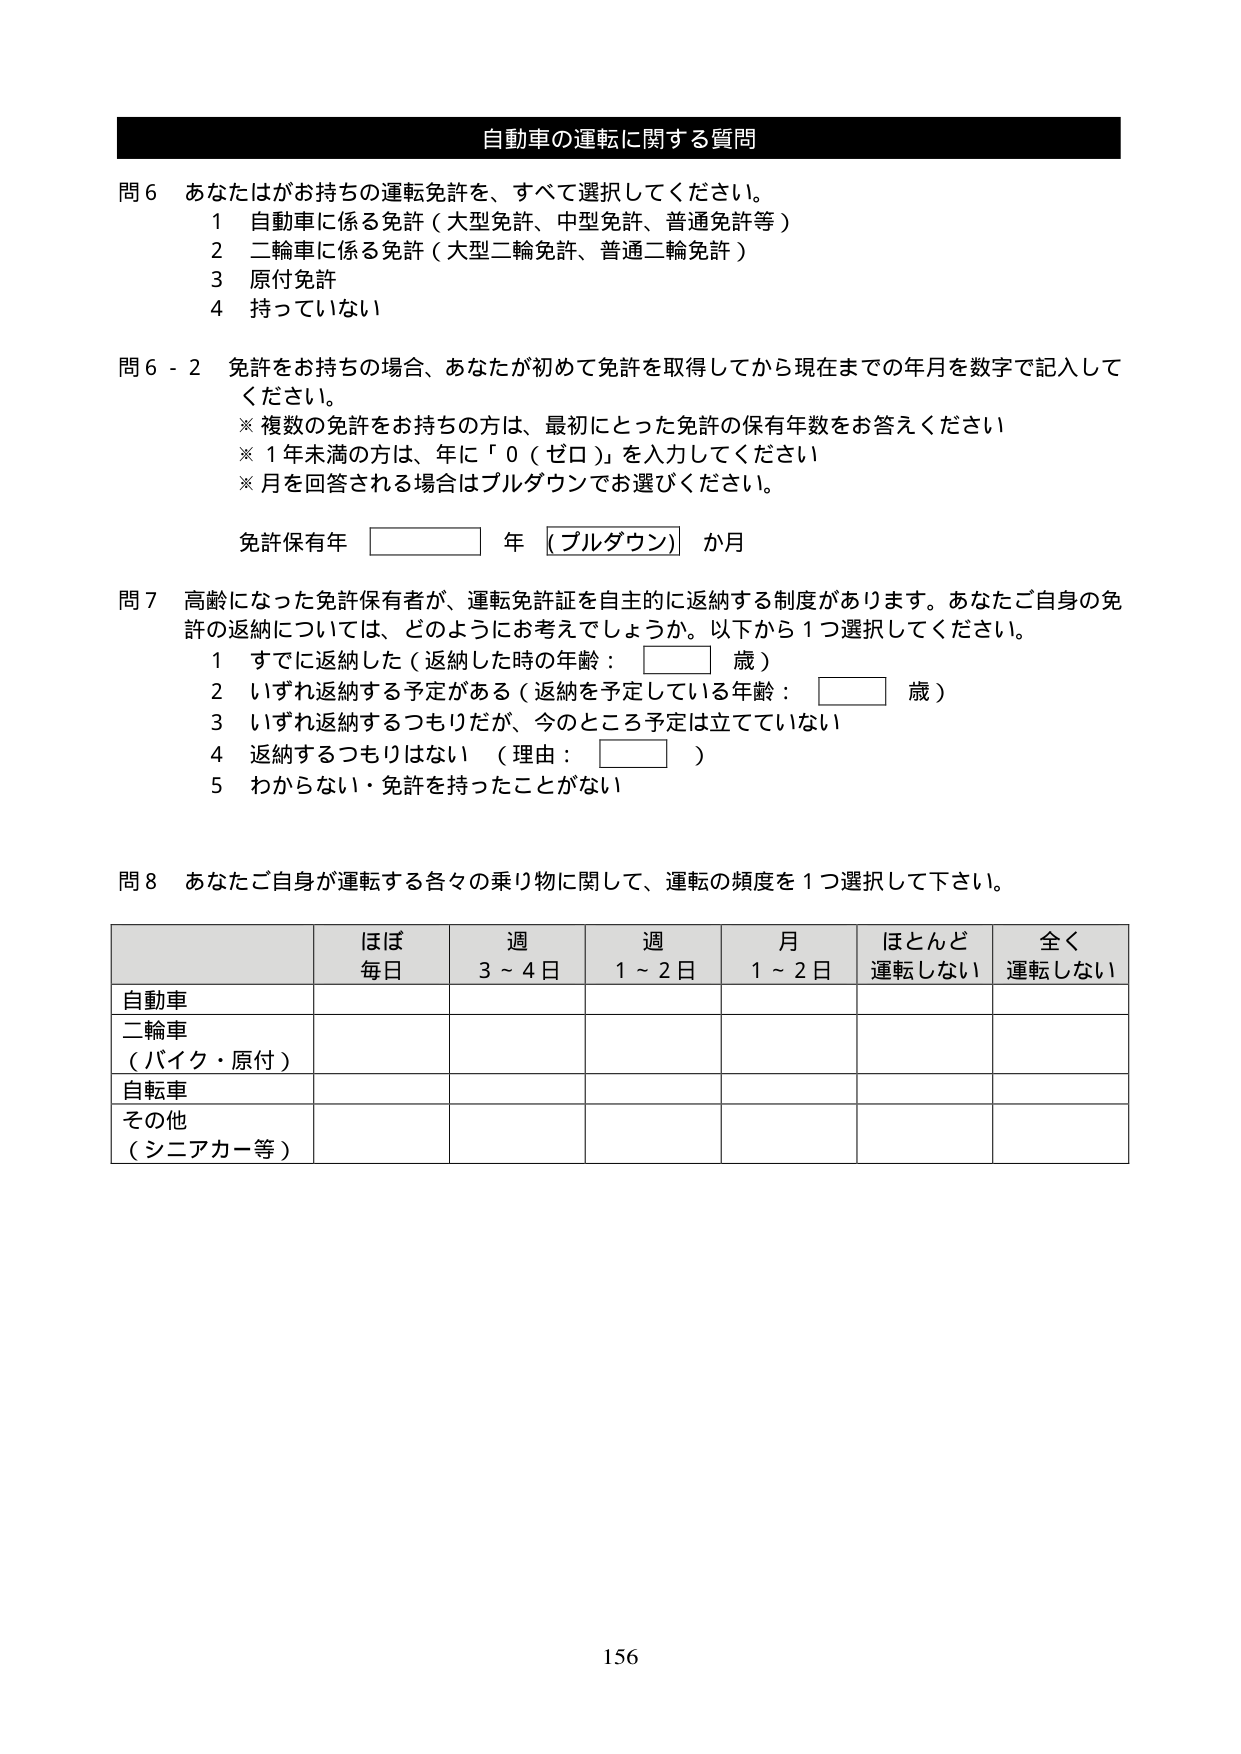
自動車の運転に関する質問

問６ あなたがお持ちの運転免許を、すべて選択してください。
　　１ 自動車に係る免許（大型免許、中型免許、普通免許等）
　　２ 二輪車に係る免許（大型二輪免許、普通二輪免許）
　　３ 原付免許
　　４ 持っていない

問６－２ 免許をお持ちの場合、あなたが初めて免許を取得してから現在までの年月を数字で記入してください。
　　※ 複数の免許をお持ちの方は、最初にとった免許の保有年数をお答えください
　　※ 1年未満の方は、年に「0（ゼロ）」を入力してください
　　※ 月を回答される場合はプルダウンでお選びください。

　　免許保有年 □□□□□ 年 （プルダウン） か月

問７ 高齢になった免許保有者が、運転免許証を自主的に返納する制度があります。あなたご自身の免許の返納については、どのようにお考えでしょうか。以下から1つ選択してください。
　　１ すでに返納した（返納した時の年齢： □□□ 歳）
　　２ いずれ返納する予定がある（返納を予定している年齢： □□□ 歳）
　　３ いずれ返納するつもりだが、今のところ予定は立てていない
　　４ 返納するつもりはない （理由： □□□□□ ）
　　５ わからない・免許を持ったことがない

問８ あなたご自身が運転する各々の乗り物に関して、運転の頻度を1つ選択して下さい。

　　　　　　　　　　　　ほぼ　　　　　週　　　　　週　　　　　月　　　　　ほとんど　　　全く
　　　　　　　　　　　　毎日　　　　3～4日　　　1～2日　　　1～2日　　　運転しない　　運転しない

　　　　　　　　　　　　自動車
　　　　　　　　　　　　二輪車
　　　　　　　　　　　　（バイク・原付）
　　　　　　　　　　　　自転車
　　　　　　　　　　　　その他
　　　　　　　　　　　　（シニアカー等）

156